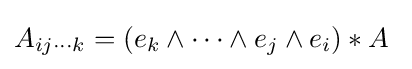
A_{ij\cdots k}=(e_{k}\wedge \cdots \wedge e_{j}\wedge e_{i})*A\